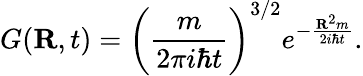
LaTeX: G(\mathbf{R},t)={\bigg(}{\frac{m}{2\pi i\hbar t}}{\bigg)}^{3/2}e^{-{\frac{\mathbf{R}^{2}m}{2i\hbar t}}}.